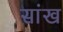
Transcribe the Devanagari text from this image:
सांख